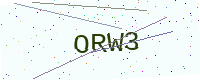
Text: ORW3